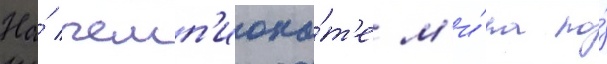
На́ чемп'иона́т'е м'и́ра по́